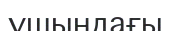
ұшындағы